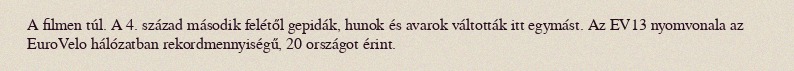
A filmen túl. A 4. század második felétől gepidák, hunok és avarok váltották itt egymást. Az EV13 nyomvonala az EuroVelo hálózatban rekordmennyiségű, 20 országot érint.